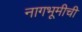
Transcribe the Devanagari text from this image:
नागभूमीची